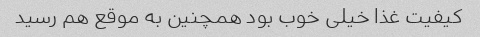
کیفیت غذا خیلی خوب بود همچنین به موقع هم رسید